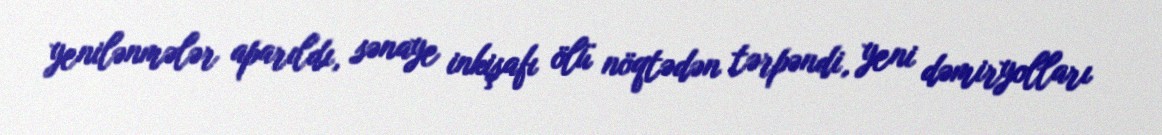
yenilənmələr aparıldı, sənaye inkişafı ölü nöqtədən tərpəndi, yeni dəmiryolları